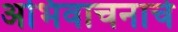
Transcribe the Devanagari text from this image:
अभिवाचनाचे